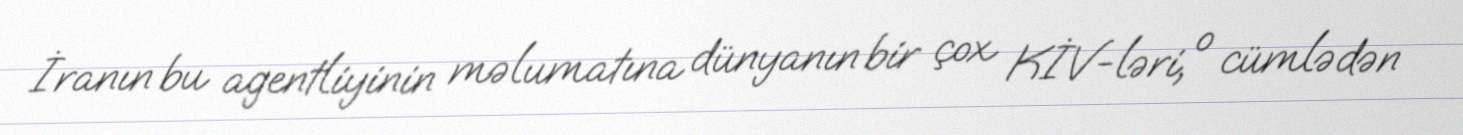
İranın bu agentliyinin məlumatına dünyanın bir çox KİV-ləri, o cümlədən